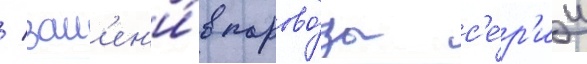
/ зам'ен'и́в парово́зы с'е́р'ии